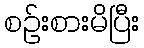
စဉ်းစားမိပြီး